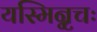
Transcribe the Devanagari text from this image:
यस्मिन्नृचः